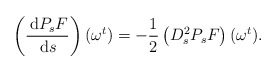
\begin{align*}\left(\frac{\, \mathrm{d} P_{s}F}{\, \mathrm{d} s}\right)(\omega ^{t})=-\frac{1}{2}\left( D_{s}^{2}P_{s}F\right) (\omega ^{t}). \end{align*}